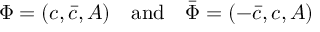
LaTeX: \Phi = ( c , \bar { c } , A ) \quad \mathrm { a n d } \quad \bar { \Phi } = ( - \bar { c } , c , A )